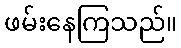
ဖမ်းနေကြသည်။